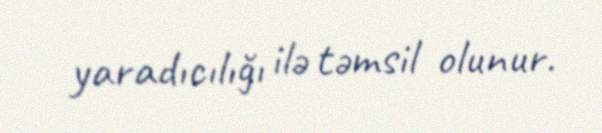
yaradıcılığı ilə təmsil olunur.